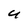
Character: U